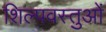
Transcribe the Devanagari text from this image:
शिल्पवस्तुओं